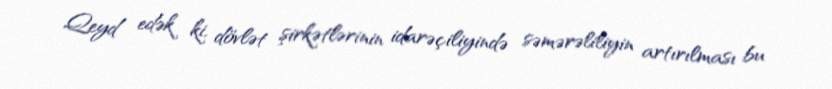
Qeyd edək ki, dövlət şirkətlərinin idarəçiliyində səmərəliliyin artırılması bu